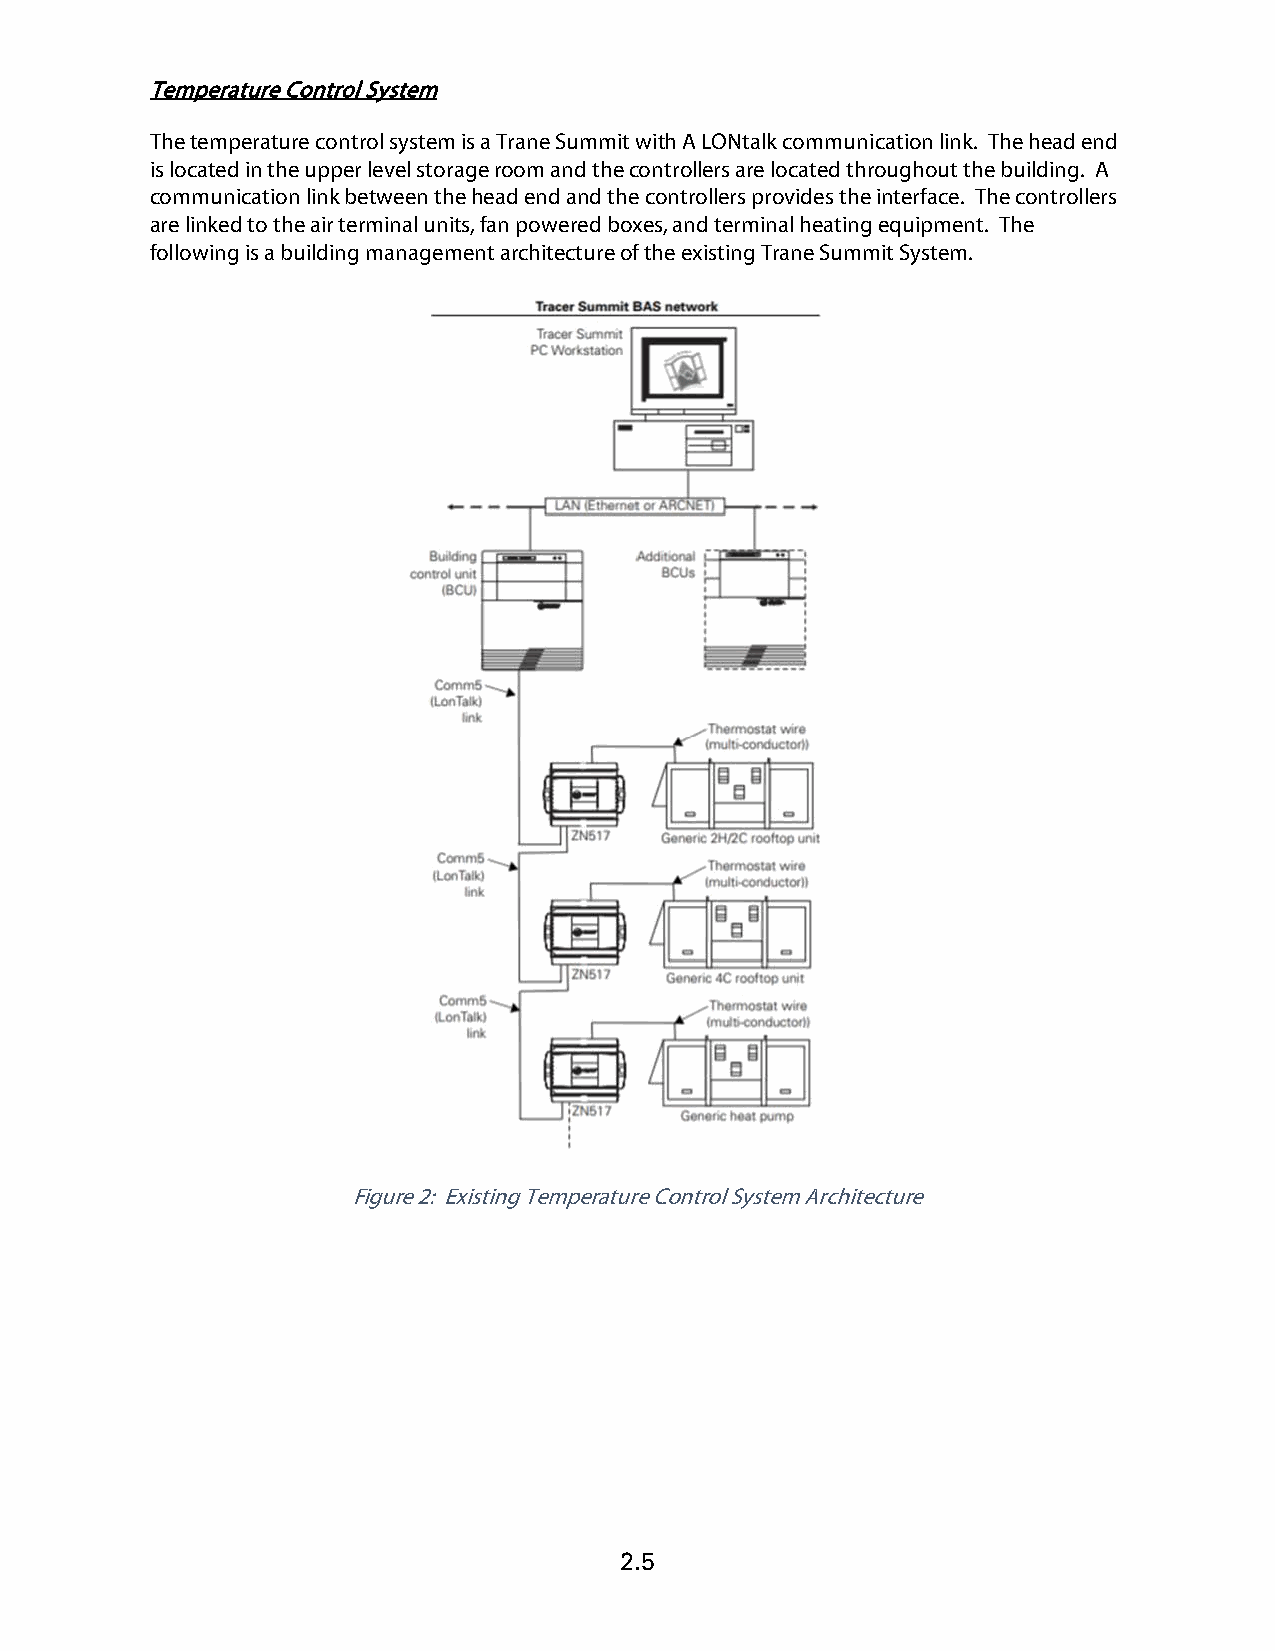
Temperature Control System
 The temperature control system is a Trane Summit with A LONtalk communication link. The head end
 is located in the upper level storage room and the controllers are located throughout the building. A
 communication link between the head end and the controllers provides the interface. The controllers
 are linked to the air terminal units, fan powered boxes, and terminal heating equipment. The
 following is a building management architecture of the existing Trane Summit System.
 Figure 2: Existing Temperature Control System Architecture
 2.5